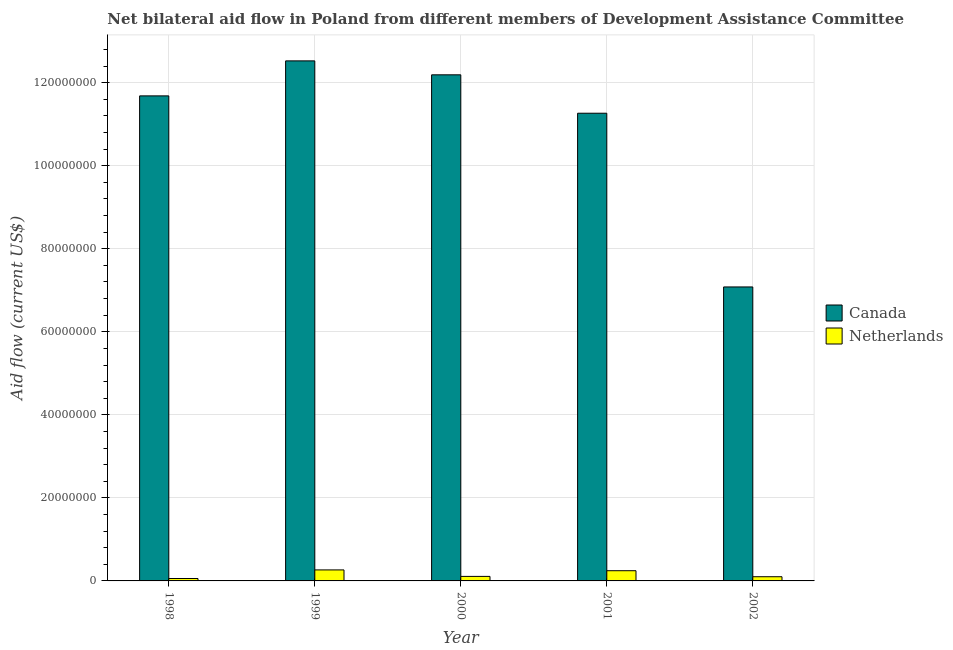
| Year | Canada | Netherlands |
 | --- | --- | --- |
 | 1998 | 1.17e+08 | 5.8e+05 |
 | 1999 | 1.25e+08 | 2.65e+06 |
 | 2000 | 1.22e+08 | 1.09e+06 |
 | 2001 | 1.13e+08 | 2.46e+06 |
 | 2002 | 7.08e+07 | 1.01e+06 |